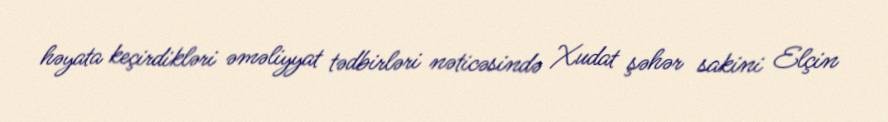
həyata keçirdikləri əməliyyat tədbirləri nəticəsində Xudat şəhər sakini Elçin